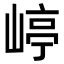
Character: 嵉